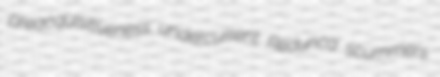
preacquisitiveness undercurrent Redunca scummers